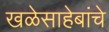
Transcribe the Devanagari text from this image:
खळेसाहेबांचे